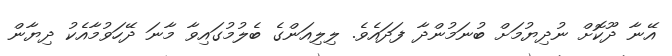
އޭނާ ދޫކޮށް ނުދިޔުމަށް ބުނަމުންދާ ފަދައެވެ. ލިލިއަންގެ ބެލުމުގައިވާ މާނަ ދޭހަވުމާއެކު ދިޔާން